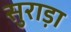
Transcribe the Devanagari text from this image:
सुराड़ा